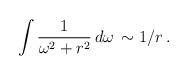
LaTeX: \begin{align*}\int \frac{1}{\omega^2 + r^2} \, d\omega \, \sim 1/r \, .\end{align*}